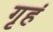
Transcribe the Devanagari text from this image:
गृहं